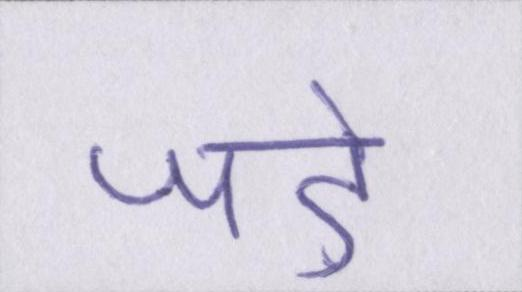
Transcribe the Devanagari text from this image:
जड़ें